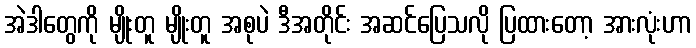
အဲဒါတွေကို မျိုးတူ မျိုးတူ အစုပဲ ဒီအတိုင်း အဆင်ပြေသလို ပြထားတော့ အားလုံးဟာ